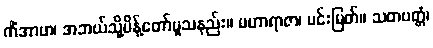
ကိံအာဟ၊ အဘယ်သို့မိန့်တော်မူသနည်း။ မဟာရာဇာ၊ မင်းမြတ်။ သတပတ္တံ၊